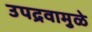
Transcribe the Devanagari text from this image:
उपद्रवामुळे